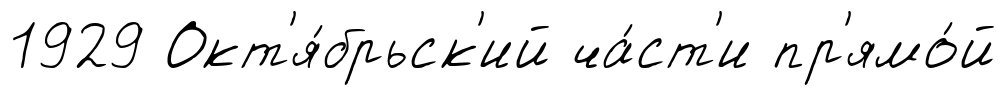
1929 Окт'я́брьск'ий ча́ст'и пр'ямо́й